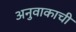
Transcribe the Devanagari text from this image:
अनुवाकाची